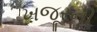
ખજૂરની